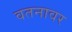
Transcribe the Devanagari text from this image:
वतनावर